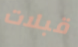
قبلات